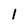
Character: 1